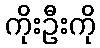
ကိုးဦးကို